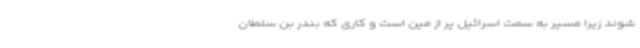
شوند زیرا مسیر به سمت اسرائیل پر از مین است و کاری که بندر بن سلطان